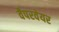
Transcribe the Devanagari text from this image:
वैपरवेयर